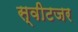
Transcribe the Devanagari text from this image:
स्वीटजर